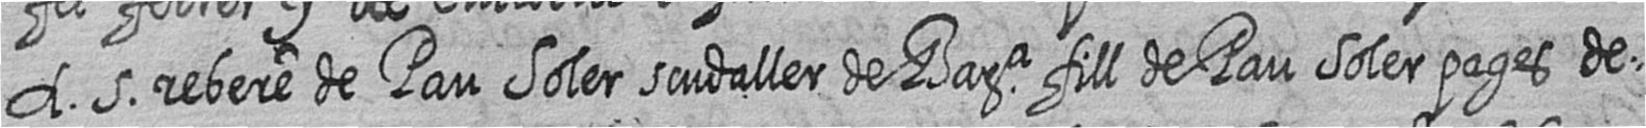
A 5 rebere de Pau Soler scudaller de Bara fill de Pau Soler pages de=